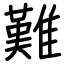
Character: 難